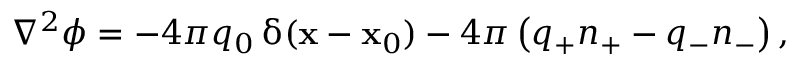
\begin{array} { r } { \nabla ^ { 2 } \phi = - 4 \pi q _ { 0 } \, \updelta ( \mathbf { x } - \mathbf { x } _ { 0 } ) - 4 \pi \left( q _ { + } n _ { + } - q _ { - } n _ { - } \right) , } \end{array}